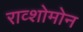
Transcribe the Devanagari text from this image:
राव्शोमोन